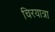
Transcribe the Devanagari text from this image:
चिरयात्रा